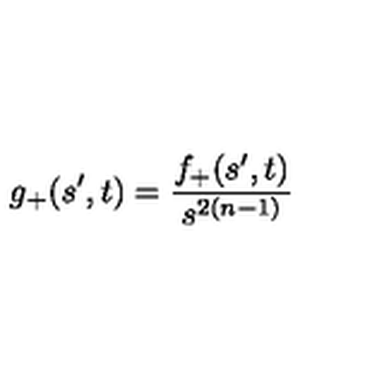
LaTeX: g _ { + } ( s ^ { \prime } , t ) = \frac { f _ { + } ( s ^ { \prime } , t ) } { s ^ { 2 ( n - 1 ) } }